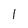
Character: l